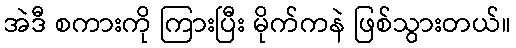
အဲဒီ စကားကို ကြားပြီး မိုက်ကနဲ ဖြစ်သွားတယ်။